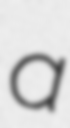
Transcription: a